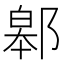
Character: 䣗